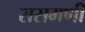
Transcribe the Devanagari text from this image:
रासमणी